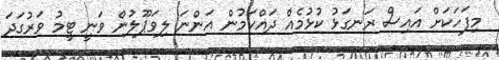
މިފަހަކަށް އައިސް ރަނގަޅު ކުޅުމެއް ދައްކަމުން އަންނަ ލިވަޕޫލުން ވަނީ ޓީމު ވަރުގަދަ